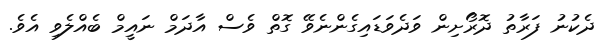
ދެކުނު ފަރާތު ދޮރޯށިން ވަދެވަޑައިގެންނެވޭ ގޮތް ވެސް އާދަމް ނައީމް ބެއްލެވި އެވެ.